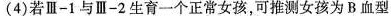
(4) 若Ⅲ-1与Ⅲ-2生育一个正常女孩，可推测女孩为 B 血型